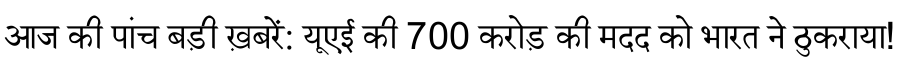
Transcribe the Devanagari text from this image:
आज की पांच बड़ी ख़बरें: यूएई की 700 करोड़ की मदद को भारत ने ठुकराया!